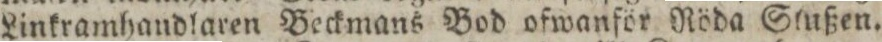
Linkramhandlaren Beckmans Bod ofwanför Röda Stußen.